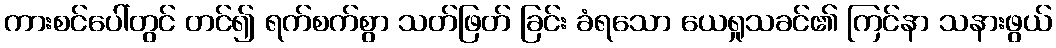
ကားစင်ပေါ်တွင် တင်၍ ရက်စက်စွာ သတ်ဖြတ် ခြင်း ခံရသော ယေရှုသခင်၏ ကြင်နာ သနားဖွယ်